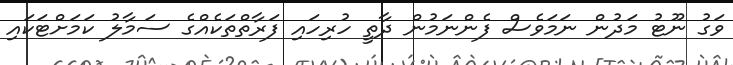
ވަގު ނޫޓުު މަދުން ނަމަވެސް ފެންނަމުން ދާތީ ހުރިހައި ފަރާތްތަކެއްގެ ސަމާލު ކަމަށްޓަކައި